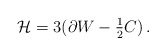
\begin{align*}{\cal H} = 3(\partial W -{\textstyle \frac{1}{2}}C)\, .\end{align*}